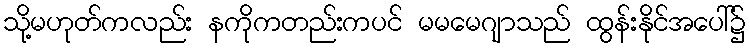
သို့မဟုတ်ကလည်း နကိုကတည်းကပင် မမမေဂျာသည် ထွန်းနိုင်အပေါ်၌